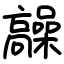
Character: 髞